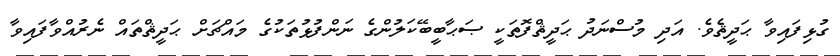
ގުޅިފައިވާ ޙަދީޘެވެ. އަދި މުސްނަދު ޙަދީޘްފޮތަކީ ޞަޙާބީބޭކަލުންގެ ނަންފުޅުތަކުގެ މައްޗަށް ޙަދީޘްތައް ނެރުއްވާފައިވާ